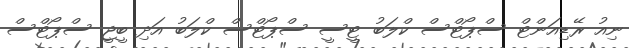
ނިއު ރޭޑިއަންޓް ސްޕޯޓްސް ކްލަބު ޓީސީ ސްޕޯޓްސް ކްލަބު އަދި ބީޖީ ސްޕޯޓްސް